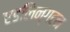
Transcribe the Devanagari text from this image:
एडलिन्गटन